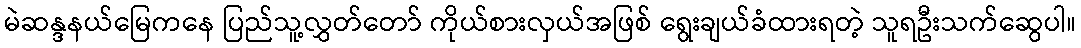
မဲဆန္ဒနယ်မြေကနေ ပြည်သူ့လွှတ်တော် ကိုယ်စားလှယ်အဖြစ် ရွေးချယ်ခံထားရတဲ့ သူရဦးသက်ဆွေပါ။